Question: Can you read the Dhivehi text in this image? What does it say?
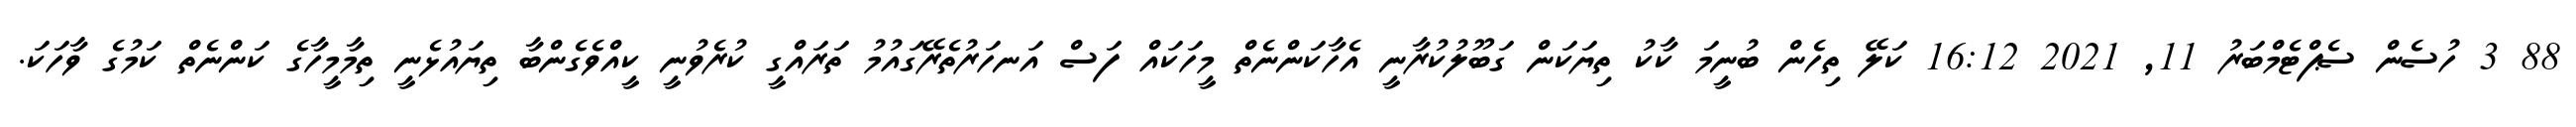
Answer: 88 3 ހުސެން ސެޕްޓެމްބަރު 11, 2021 16:12 ކަލޭ ތިހެން ބުނީމަ ކާކު ތިޔަކަން ގަބޫލުކުރާނީ އެހާކަންނެތް މީހަކައް ފަސް އަނހަރުތެރޭގައުމު ތަރައްގީ ކުރެވުނީ ކީއްވެގެންބާ ތިޔައުޅެނީ ތިމާމީހާގެ ކަންނެތް ކަމުގެ ވާހަކަ.